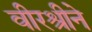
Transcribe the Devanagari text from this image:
वीरश्रीने